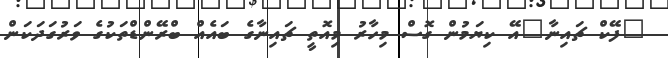
"ފޭކް ޗައިނާ"އޭ ކިޔަމުން ގޮސް މިހާރު މިއޮތީ ޗައިނާގެ ބައެއް ބްރޭންޑްތަކުގެ ވަރުގަދަކަން